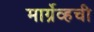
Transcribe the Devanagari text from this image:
मार्ग्रेव्हची